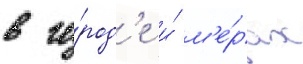
в го́род'е и́ м'е́рах